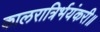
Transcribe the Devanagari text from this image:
कालरात्रिर्भयंकरी॥